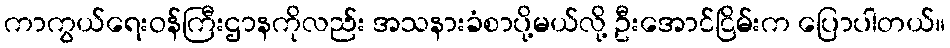
ကာကွယ်ရေးဝန်ကြီးဌာနကိုလည်း အသနားခံစာပို့မယ်လို့ ဦးအောင်ငြိမ်းက ပြောပါတယ်။